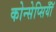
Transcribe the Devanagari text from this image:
कोन्सेप्सियॉँ